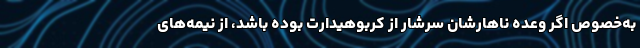
به‌خصوص اگر وعده ناهارشان سرشار از کربوهیدارت بوده باشد، از نیمه‌های